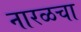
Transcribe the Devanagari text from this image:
नारळचा